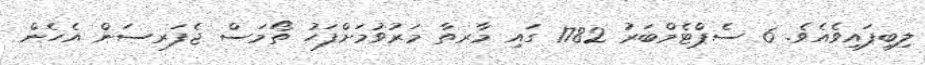
ލިބިފައިވެއެވެ. 6 ސެޕްޓެމްބަރު 1782 ގައި މާރތާ މަރުވުމަށްފަހު ތޯމަސް ޖެފަރސަން އެހެން